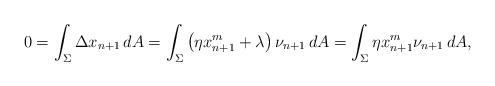
LaTeX: \begin{align*}0=\int_\Sigma \Delta x_{n+1}\,dA=\int_\Sigma \left(\eta x_{n+1}^m+\lambda\right)\nu_{n+1}\, dA=\int_\Sigma \eta x_{n+1}^m\nu_{n+1}\, dA,\end{align*}